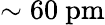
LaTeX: \sim 60~\mathrm{pm}